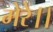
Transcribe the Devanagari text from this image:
मेरे।।